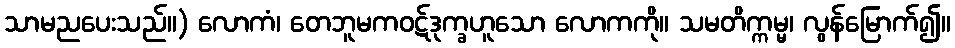
သာမညပေးသည်။) လောကံ၊ တေဘူမကဝဋ်ဒုက္ခဟူသော လောကကို။ သမတိက္ကမ္မ၊ လွန်မြောက်၍။